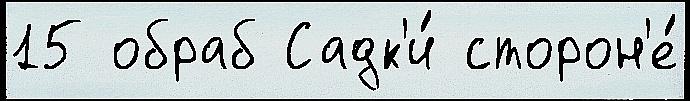
15 обраб Садк'и́ сторон'е́